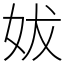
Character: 妭